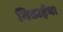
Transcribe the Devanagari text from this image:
मिठाईंया